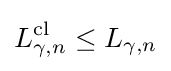
L_{\gamma ,n}^{\mathrm {cl} }\leq L_{\gamma ,n}